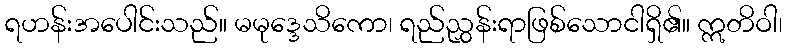
ရဟန်းအပေါင်းသည်။ မမုဒ္ဒေသိကော၊ ရည်ညွှန်းရာဖြစ်သောငါရှိ၏။ ဣတိဝါ၊